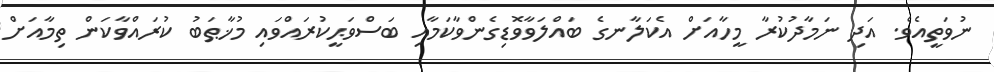
ނުވަތީއެވެ. އަދި ނަމާދުކުރާ މީހާއަށް އެކަލާނގެ ބައްލަވާވޮޑިގެންވާކަމާއި ބަސްވަޙީކުރައްވައި މުޚާޠަބު ކުރައްވާކަން ތިމާއަށް